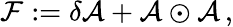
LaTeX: {\cal F}:=\delta{\cal A}+{\cal A}\odot{\cal A}\, ,